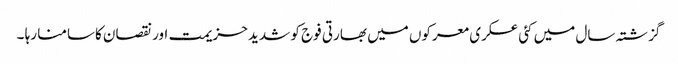
گزشتہ سال میں کئی عسکری معرکوں میں بھارتی فوج کو شدید حزیمت اور نقصان کاسامنا رہا ۔